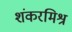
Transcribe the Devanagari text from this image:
शंकरमिश्र